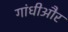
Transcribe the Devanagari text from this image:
गांधीऔर